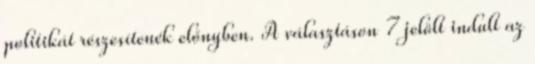
politikát részesítenék előnyben. A választáson 7 jelölt indult az